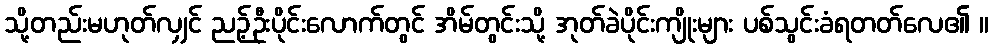
သို့တည်းမဟုတ်လျှင် ညဉ့်ဦးပိုင်းလောက်တွင် အိမ်တွင်းသို့ အုတ်ခဲပိုင်းကျိုးများ ပစ်သွင်းခံရတတ်လေ၏ ။